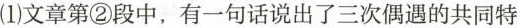
(1）文章第②段中，有一句话说出了三次偶的共同特